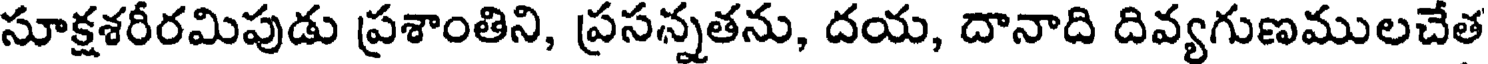
సూక్షశరీరమిపుడు ప్రశాంతిని, ప్రసన్నతను, దయ, దానాది దివ్యగుణములచేత